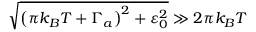
\sqrt { \left( \pi k _ { B } T + \Gamma _ { a } \right) ^ { 2 } + \varepsilon _ { 0 } ^ { 2 } } \gg 2 \pi k _ { B } T